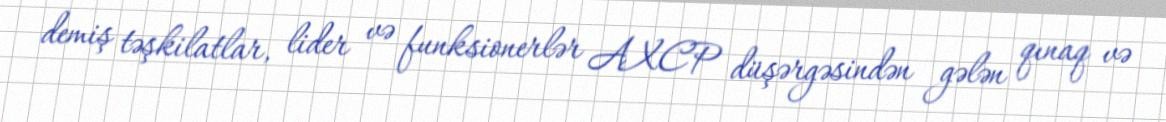
demiş təşkilatlar, lider və funksionerlər AXCP düşərgəsindən gələn qınaq və